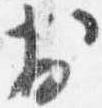
於